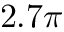
2 . 7 \pi